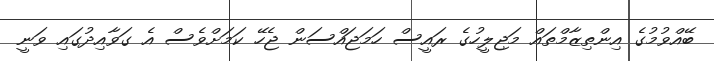
ބޭއްވުމުގެ އިންތިޒާމްތައް މަޖިލީހުގެ ރައީސް ހަމަޖައްސަން ޖެހޭ ކަމަށްވެސް އެ ގަވާއިދުގައި ވަނީ